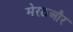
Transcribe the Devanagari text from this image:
मेरठऔर